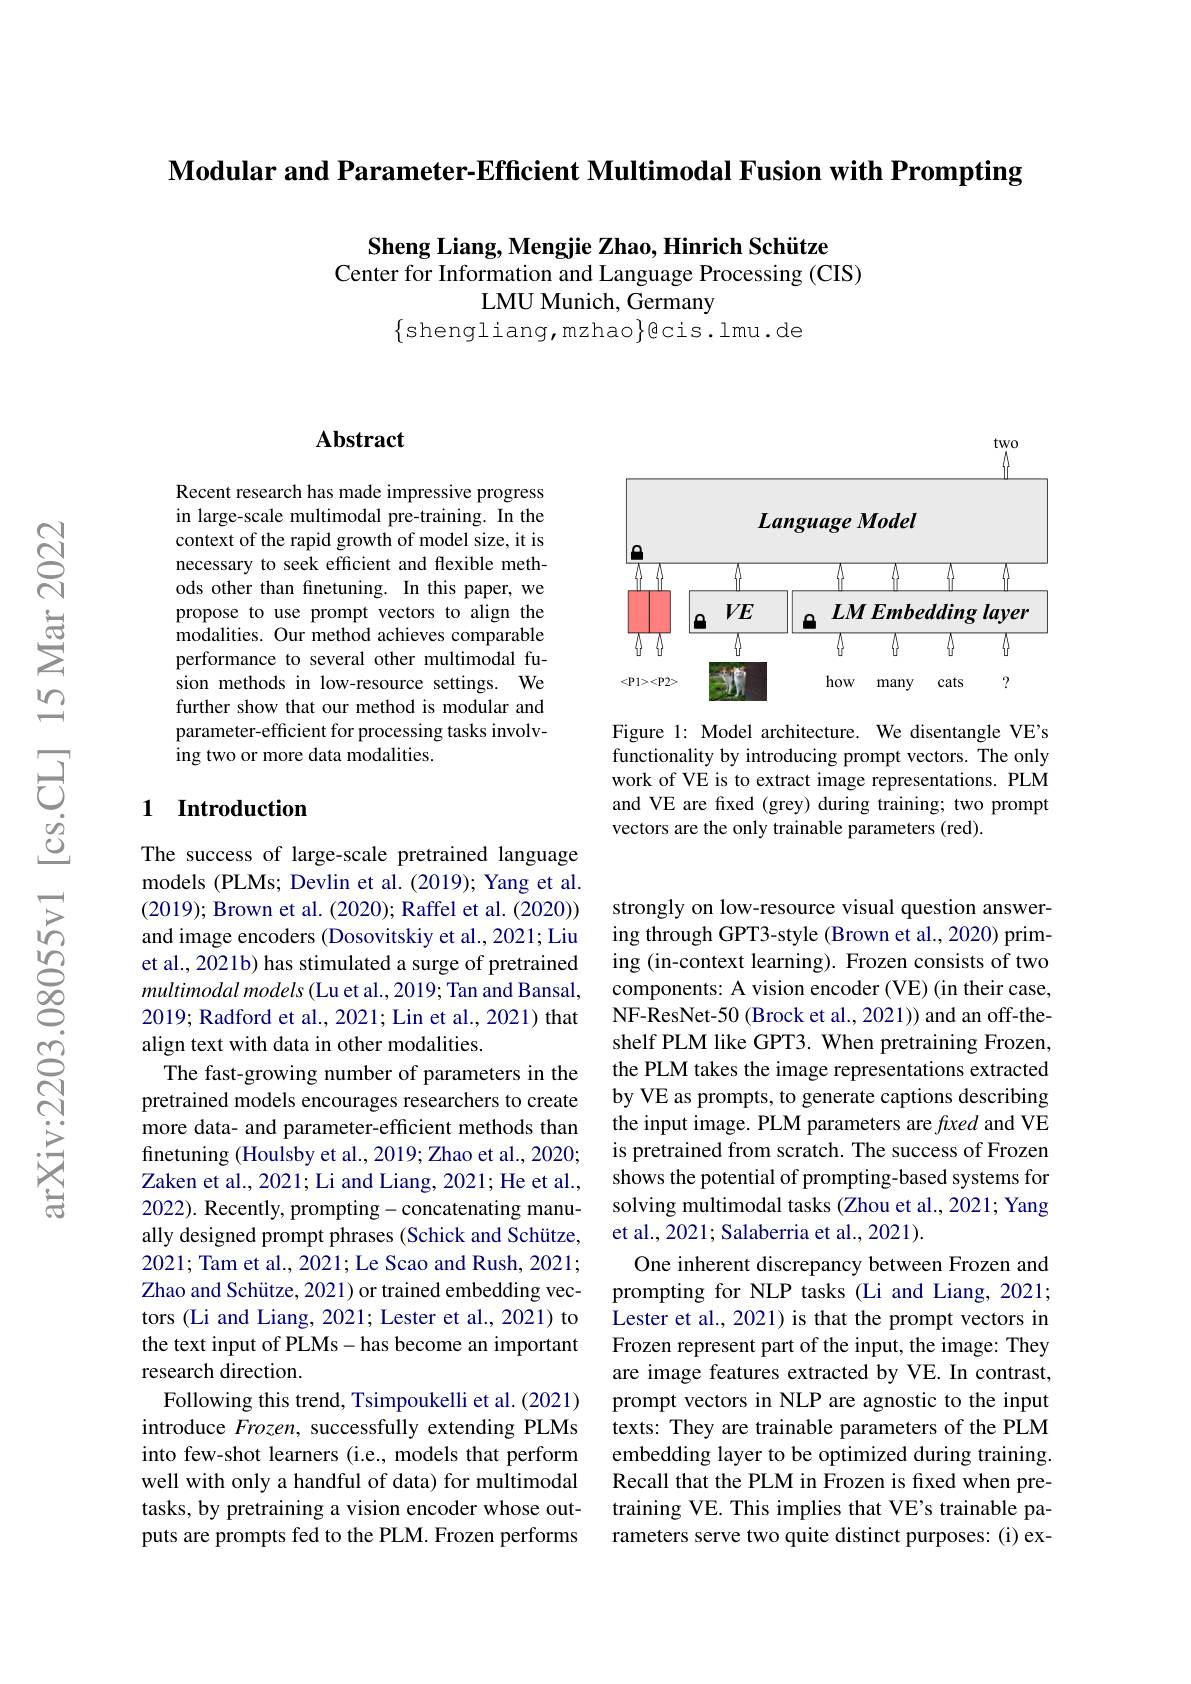
Modular and Parameter-Efficient Multimodal Fusion with Prompting

Sheng Liang, Mengjie Zhao, Hinrich Schütze
Center for Information and Language Processing (CIS)
LMU Munich, Germany
$\{$shengliang,mzhao$\}$ecis.lmu.de

## $\mathbf{Abstract}$

Recent research has made impressive progress in large-scale multimodal pre-training. In the context of the rapid growth of model size, it is necessary to seek efficient and flexible methods other than finetuning. In this paper, we propose to use prompt vectors to align the modalities. Our method achieves comparable performance to several other multimodal fusion methods in low-resource settings. We further show that our method is modular and parameter-efficient for processing tasks involving two or more data modalities.

### 1 Introduction

The success of large-scale pretrained language models (PLMs; Devlin et al. (2019); Yang et al. (2019); Brown et al. (2020); Raffel et al. (2020)) and image encoders (Dosovitskiy et al., 2021; Liu et al., 2021b) has stimulated a surge of pretrained multimodal models (Lu et al., 2019; Tan and Bansal, 2019; Radford et al., 2021; Lin et al., 2021) that align text with data in other modalities.
The fast-growing number of parameters in the pretrained models encourages researchers to create more data- and parameter-efficient methods than finetuning (Houlsby et al., 2019; Zhao et al., 2020; Zaken et al., 2021; Li and Liang, 2021; He et al., 2022). Recently, prompting-concatenating manually designed prompt phrases (Schick and Schütze, 2021; Tam et al., 2021; Le Scao and Rush, 2021; Zhao and Schütze, 2021) or trained embedding vectors (Li and Liang, 2021; Lester et al., 2021) to the text input of PLMs-has become an important research direction.
Following this trend, Tsimpoukelli et al. (2021) introduce Frozen, successfully extending PLMs into few-shot learners (i.e., models that perform well with only a handful of data) for multimodal tasks, by pretraining a vision encoder whose outputs are prompts fed to the PLM. Frozen performs

two

<FigureHere>

Figure 1: Model architecture. We disentangle VE's functionality by introducing prompt vectors. The only work of VE is to extract image representations. PLM and VE are fxed (grey) during training; two prompt vectors are the only trainable parameters (red).

strongly on low-resource visual question answering through GPT3-style (Brown et al., 2020) priming (in-context learning). Frozen consists of two components: A vision encoder (VE) (in their case, NF-ResNet-50 (Brock et al., 2021)) and an off-theshelf PLM like GPT3. When pretraining Frozen, the PLM takes the image representations extracted by VE as prompts, to generate captions describing the input image. PLM parameters are fxed and VE is pretrained from scratch. The success of Frozen shows the potential of prompting-based systems for solving multimodal tasks (Zhou et al., 2021; Yang et al., 2021; Salaberria et al., 2021).
One inherent discrepancy between Frozen and prompting for NLP tasks (Li and Liang, 2021; Lester et al., 2021) is that the prompt vectors in Frozen represent part of the input, the image: They are image features extracted by VE. In contrast, prompt vectors in NLP are agnostic to the input texts: They are trainable parameters of the PLM embedding layer to be optimized during training. Recall that the PLM in Frozen is fixed when pretraining VE. This implies that VE's trainable parameters serve two quite distinct purposes: (i) ex-